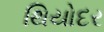
થિયોદર